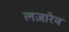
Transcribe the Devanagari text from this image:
लज़ारेव